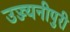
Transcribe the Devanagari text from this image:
उज्ज्यनीपुरी